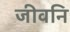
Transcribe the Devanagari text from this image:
जीवनि